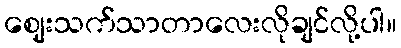
ဈေးသက်သာတာလေးလိုချင်လို့ပါ။